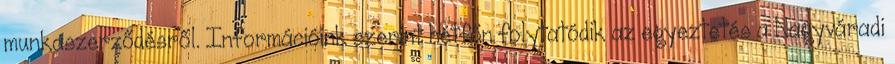
munkaszerződésről. Információink szerint hétfőn folytatódik az egyeztetés a Nagyváradi